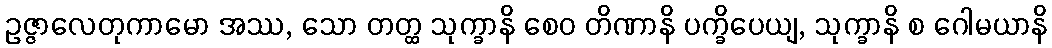
ဥဇ္ဇာလေတုကာမော အဿ, သော တတ္ထ သုက္ခာနိ စေဝ တိဏာနိ ပက္ခိပေယျ, သုက္ခာနိ စ ဂေါမယာနိ